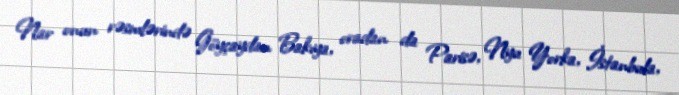
Nar onun rəsmlərində Göyçaydan Bakıya, oradan da Parisə, Nyu Yorka, İstanbula,